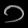
Digit: ၁